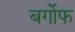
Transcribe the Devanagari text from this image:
बर्गोफ